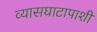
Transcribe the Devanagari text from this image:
व्यासघाटापाशी